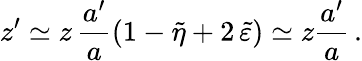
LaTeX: z^{\prime}\simeq z\, \frac{a^{\prime}}{a}\left(1-\tilde{\eta}+2\, \tilde{\varepsilon}\right)\simeq z\frac{a^{\prime}}{a}\, .